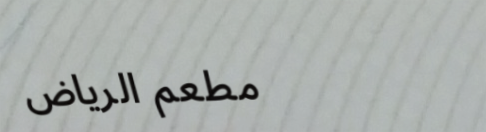
مطعم الرياض